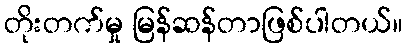
တိုးတက်မှု မြန်ဆန်တာဖြစ်ပါတယ်။